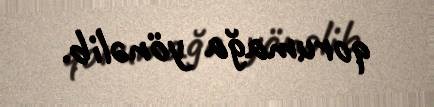
qorumağa yönəlib.